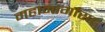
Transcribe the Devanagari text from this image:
महामार्गासह